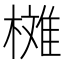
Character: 𣚳